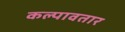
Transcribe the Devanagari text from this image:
कल्पावतार